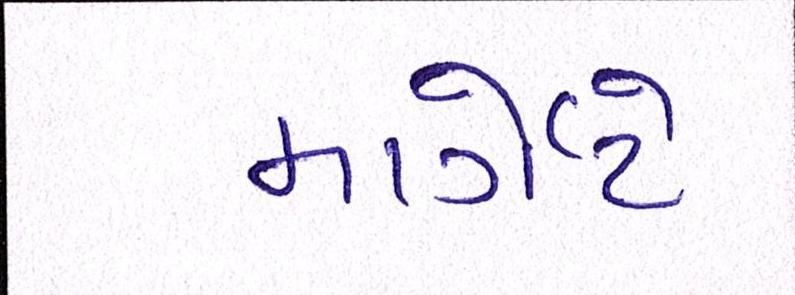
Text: માર્ગેટે